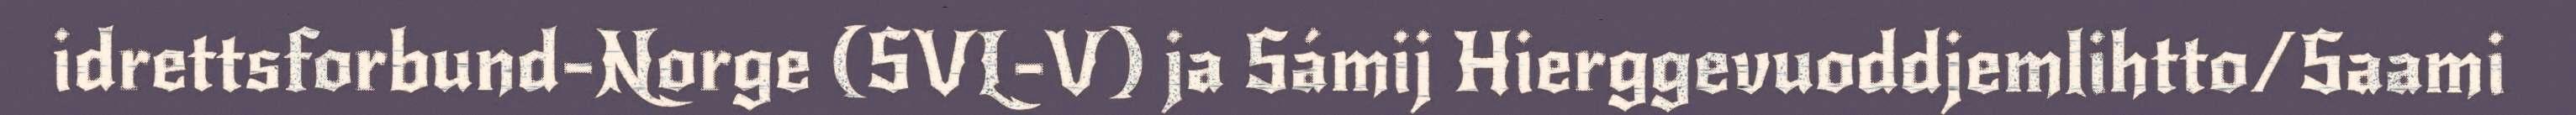
idrettsforbund-Norge (SVL-V) ja Sámij Hierggevuoddjemlihtto/Saami